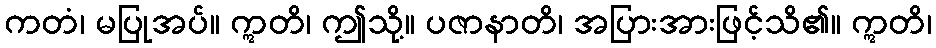
ကတံ၊ မပြုအပ်။ ဣတိ၊ ဤသို့။ ပဇာနာတိ၊ အပြားအားဖြင့်သိ၏။ ဣတိ၊